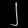
Digit: ၂